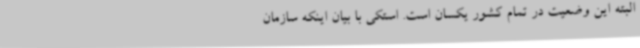
البته این وضعیت در تمام کشور یکسان است. استکی با بیان اینکه سازمان